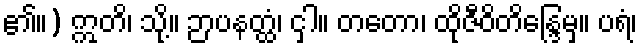
၏။) ဣတိ၊ သို့။ ဉာပနတ္ထံ၊ ငှါ။ တတော၊ ထိုဇီဝိတိန္ဒြေမှ။ ပရံ၊